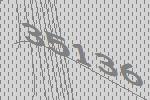
35136